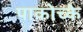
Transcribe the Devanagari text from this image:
पाकोच्के